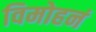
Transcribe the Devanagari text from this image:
विमोहनं